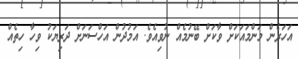
އަހަރެން މަންމައަކަށް ވާކަށް ބޭނުމެއް ނުވިއެވެ. އަމުދުން އަހްސަނަށް ދަރިޔަކު ވިހާ ހިތެއް